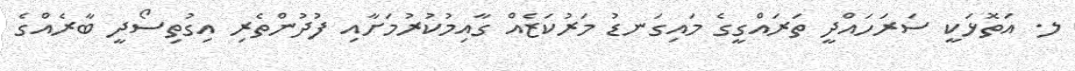
ލ. އަތޮޅަކީ ސަރަހައްދީ ތަރައްގީގެ މައިގަނޑު މަރުކަޒެއް ގާއިމުކުރުމަށާއި ފުދުންތެރި އިގުތިސޯދީ ބާރެއްގެ